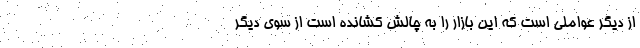
از دیگر عواملی است که این بازار را به چالش کشانده است از سوی دیگر